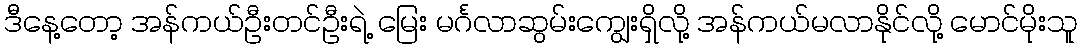
ဒီနေ့တော့ အန်ကယ်ဦးတင်ဦးရဲ့ မြေး မင်္ဂလာဆွမ်းကျွေးရှိလို့ အန်ကယ်မလာနိုင်လို့ မောင်မိုးသူ